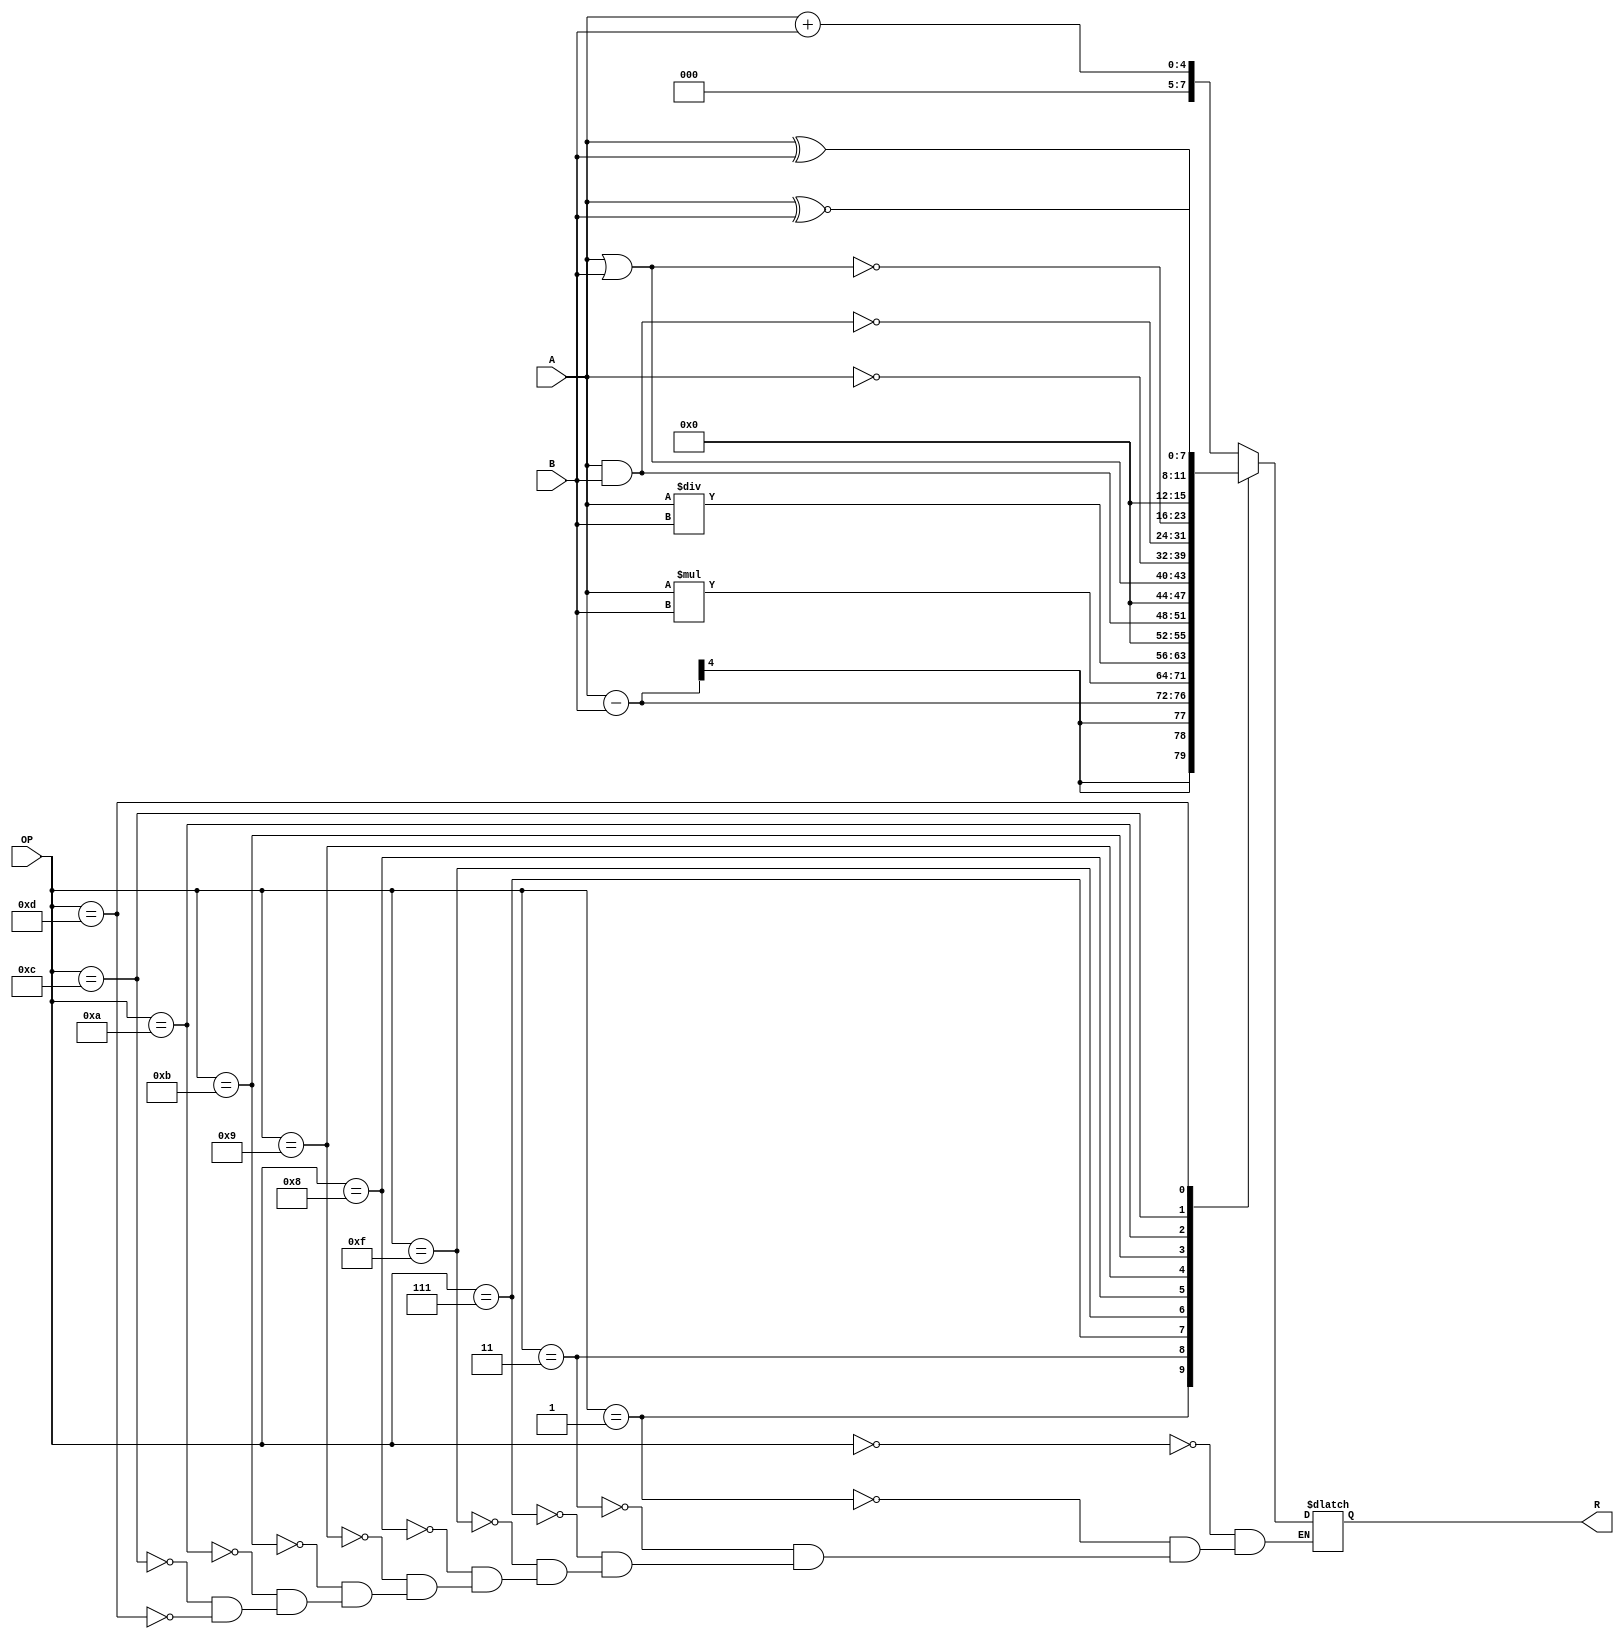
`timescale 1ns / 1ps
//////////////////////////////////////////////////////////////////////////////////
// Company: 
// Engineer: 
// 
// Design Name: 
// Module Name: ALU
// Project Name: 
// Target Devices: 
// Tool Versions: 
// Description: 
// 
// Dependencies: 
// 
// Revision:
// Revision 0.01 - File Created
// Additional Comments:
// 
//////////////////////////////////////////////////////////////////////////////////


module ALU(A,B,OP,R);
input [3:0]A;
input [3:0]B;
input [3:0]OP;
output  reg [7:0]R;
parameter 
ADD=4'b0000, SUB=4'b0001, MUL=4'b0011, DIV=4'b0111, AND=4'b1111, OR=4'b1000, NOT=4'b1001, NAND=4'b1011, NOR=4'b1010, XOR=4'b1100, XNOR=4'b1101;
always@(*)
case(OP)
ADD: R=A+B;
SUB: R=A-B;
MUL: R=A*B;
DIV: R=A/B;
AND: R=A&B;
OR:  R=A|B;
NOT: R=~A;
NAND: R=~(A&B);
NOR:  R=~(A|B);
XOR:  R=A^B;
XNOR: R=A~^B;
endcase
endmodule